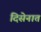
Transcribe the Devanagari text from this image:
दिसेनात